Vaccination in Bombay 1869-1873 - 1869-1873
Year: 1869
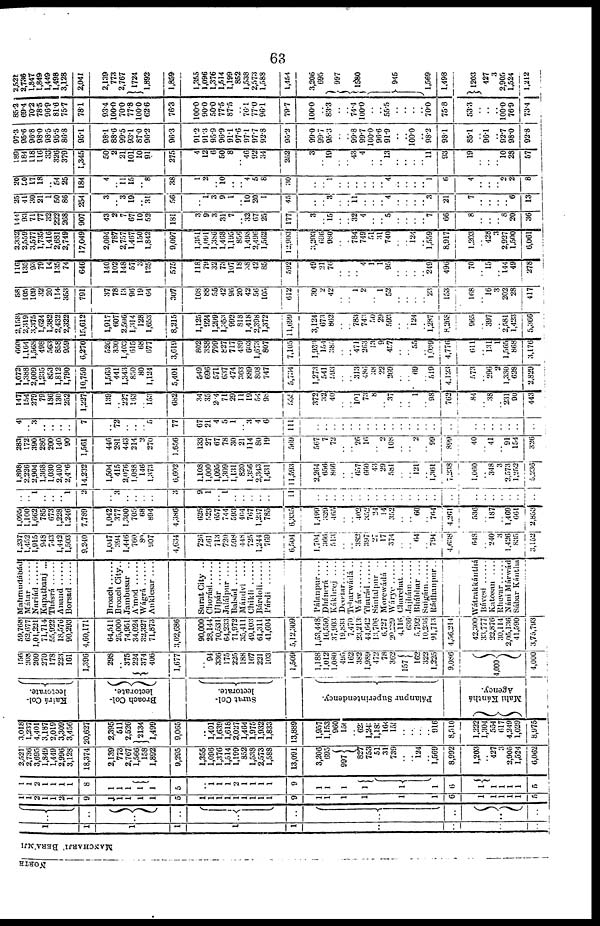
63
NORTH
MANCHARJI BERAMJI
1
1
1
1
1
1
..
..
..
..
..
..
..
..
..
..
..
..
..
..
1
1
2
1
1
2
1
9
1
1
1
1
1
5
1
1
1
1
1
1
1
1
1
9
1
1
1
1
1
1
6
1
1
1
1
1
5
1
1
2
1
1
1
1
8
1
1
1
1
1
5
1
1
1
1
1
1
1
1
1
9
1
1
1
1
1
1
6
1
1
1
1
1
5
2,521
2,736
3,695
1,849
1,449
2,996
3,128
18,374
2,139
773
2,767
1,566
158
1,892
9,295
1,355
1,096
1,376
1,514
1,199
852
1,538
2,573
1,588
13,091
3,206
695
997
827
753
51
31
739
..
.. 124
.. 1,569
8,992
1,203
.. 427
3
2,905
1,524
6,062
3,018
1,237
4,401
3,187
2,019
3,309
3,456
20,627
2,395
511
2,526
2134
1,499
9,065
..
1,401
1,639
1,618
2,027
1,464
1,975
1,932
1,833
13,889
1,957
1,153
960
150
.. 623
1,243
1,183
164
155
..
..
..
.. 916
8,510
1,222
1,304
554
617
4,249
1,029
8,975
Kairá Col¬
lectorate.
Broach Col-
lectorate.
Surat Col¬
lectorate.
Pálanpur Superintendency.
Mahi Kánthá
Agency.
156
208
200
270
178
223
161
1,396
298
.. 375
224
374 406
1,677
..
94
336
175
225
188
167
221
103
1,509
1,188
1,012
1,080
495
162
382
1,989
472
78
362
157
162
322
1,225
9,086
4,000
4,000
59,768
62,677
1,01,221
71,714
55,922
18,576
90,293
4,60,171
64,511
25,000
74,951
34,024
32,327
71,873
3,02,686
90,000
28,144
70,531
64,233
71,972
35,411
49,103
61,311
41,604
5,12,309
1,53,448
16,550
37,903
19,833
7,470
23,213
44,642
13,706
6,727
20,229
4,116
636
5,792
10,236
91,713
4,56,214
42,300
33,777
22,876
30,114
2,05,136
41,590
3,75,793
Mahmudábád
Mátar
Nariád ......
Kapatbanj ...
Thásrá
Anand ......
Borsad
Broach
Broach City..
Jambusar ..
A'mod
......
Wágrá ......
Anklesar ....
Surat City ..
Chorási ......
Ulpár ......
Jalálpur
....
Balsád
......
Mándvi
....
Chikli
Bárdoli
Párdi ......
Pálanpur ....
Dhánerá ....
Kákhrej
....
Deodar
......
Teharwádá ..
Wáw
........
Tharád
......
Sántalpur ..
Morewádá ..
Wárye
Charchat ....
Jajhám
......
Bhábhar ....
Sulgám
......
Rádhanpur..
Wátrakkánthá
Bávesí
Katosan ....
Rhevar
Náni Márwád
Sábar Kántha
1,237
1,452
1,915
948
743
1,442
1,503
9,240
1,047
394
1,446
760
80
907
4,634
726
561
713
720
598
448
725
1,244
769
6,504
1,704
366
513
..
.. 382
397
27
17
374
..
.. 64
.. 794
4,638
648
.. 240
3
1,426
835
3,152
1,095
1,100
1,662
785
673
1,228
1,246
7,789
1,042
377
1,300
705
68
894
4,386
625
523
657
744
593
404
767
1,237
785
6,335
1,499
329
465
..
.. 402
352
24
14
352
.. .. 60
.. 764
4,261
536
.. 187
.. 1,469
661
2,853
..
.. 1
..
..
.. 1
2
..
3
..
..
..
..
3
9
1
.. 1
..
..
..
..
..
11
..
..
..
..
.. ..
..
..
..
..
..
..
..
.. ..
..
..
.. ..
.. ..
..
..
1,898
2,226
2,904
1,368
1,030
2,400
2,406
14,232
1,504
415
2,076
1,088
146
1,373
6,602
1,108
1,000
1,095
1,309
1,131
820
1,356
2,343
1,431
11,593
2,264
656
866
..
.. 657
660
43
29
581
.. .. 121
.. 1,361
7,238
1,060
.. 348
3
2,573
1,252
5,236
283
172
390
286
200
140
90
1,561
446
281
443
214
2 270
1,656
133
27
67
78
30
21
114
80
19
569
567
7
72
..
.. 26
16
.. 2
108
..
.. 2
.. 99
899
40
.. 41
.. 91
154
326
4
.. 3
..
..
..
..
7
..
72
..
..
..
5
77
67
21
4
5
1
.. 3
4
6
111
..
..
..
..
..
..
..
..
..
..
..
..
..
..
..
..
..
..
..
..
..
..
..
147
154
279
79
186
130
252
1,227
139
.. 227
163
.. 153
682
34
35
204
71
29
11
19
54
98
555
372
32
40
..
.. 101
73
8
.. 37
..
.. 1
..
98
..
84
..
38
.. 231
90
443
1,672
1,388
2,009
1,235
853
1,812
1,790
10,759
1,563
441
1,343
850
80
1,124
5,401
549
696
571
637
474
363
889
808
747
5,734
1,273
541
593
..
.. 313
486
38
22
269
..
.. 69
.. 519
4,123
573
.. 296
2
1,330
628
2,829
660
1,164
1,568
498
563
858
959
6,270
526
330
1,403
615
68
677
3,619
802
388
799
827
717
489
603
1,673
807
7,105
1,930
154
385
..
.. 471
263
13
9
457
..
.. 55
.. 1,039
4,776
611
.. 131
1
1,565
868
3,176
2,158
2,319
3,375
1,624
1,382
2,432
2,322
15,612
1,917
607
2,596
1,314
128
1,653
8,215
1,125
924
1,299
1,353
992
818
1,418
2,398
1,372
11,699
3,124
673
862
..
.. 783
743
50
29
593
..
.. 124
.. 1,287
8,268
965
.. 397
.. 2,581
1,423
5,366
58
105
109
32
20
114
353
791
37
78
13
96
19
64
307
108
88
55
42
96
20
42
56
105
612
30
2
42
..
.. 1
2
.. 1
52
..
..
..
.. 23
153
168
.. 16
3
202
28
417
116
135
93
79
14
135
74
646
140
102
148
57
3
125
575
118
79
32
73
107
18
38
42
85
592
49
21
76
..
..
.. 4
1
1
95
..
..
..
.. 249
496
70
.. 15
.. 144
49
278
2,332
2,559
3,577
1,735
1,416
2,681
2,749
17,049
2,094
787
2,757
1,467
150
1,842
9,097
1,351
1,091
1,386
1,468
1,195
856
1,498
2,496
1,562
12,903
3,203
696
980
..
.. 784
749
51
31
740
..
.. 124
.. 1,559
8,917
1,203
.. 428
3
2,927
1,500
6,061
144
93
71
77
32
222
268
907
43
2
7
67
10
52
181
3
9
3
31
7
.. 32
67
25
177
3
.. 15
..
.. 32
4
..
.. 5
..
..
..
.. 7
66
8
..
..
.. 8
20
36
25
41
30
21
1
50
86
254
3
.. 3
19
.. 31
56
..
1
3
9
1
.. 10
20
1
45
..
.. 3
..
.. 11
..
..
.. 4
..
..
..
.. 3
21
7
..
..
..
.. 6
13
20
50
17
18
.. 54
25
184
4
.. 11 15
.. 8
38
1
2
.. 10
..
.. 4
5
8
30
..
.. 1
..
..
..
..
..
.. 4
..
..
..
.. 1
6
4
..
..
..
2 2
8
189
184
118
116
33
326
379
1,345
50
2
21
101
10
91
275
4
12
6
50
8
.. 46
92
34
252
3
.. 19
..
.. 43
4
..
.. 13
..
..
..
.. 11
93
19
..
..
.. 10
28
57
97.3
95.6
96.8
98.0
98.5
95.5
86.8
95.1
98.1
88.6
99.5
93.1
87.0
96.2
96.3
91.2
91.3
95.9
96.9
91.1
97.6
97.1
97.7
92.8
95.2
99.0
99.7
95.3
..
.. 99.8
99.7
100.0
96.6
91.9
..
.. 100.0
.. 98.2
98.1
85.1
.. 96.1
.. 92.7
98.0
92.8
85.2
69.4
70.2
78.5
96.9
81.6
75.7
78.1
93.4
100.0
70.0
77.8
100.0
62.6
76.3
100.0
90.0
50.0
77.5
87.5
.. 76.1
77.0
96.1
79.7
100.0
.. 83.3
..
.. 74.4
100.0
..
.. 55.5
..
..
..
.. 70.0
75.8
53.3
..
..
.. 100.0
76.9
73.4
2,521
2,736
1,847
1,849
1,449
1,498
3,128
2,041
2,139
773
2,767
1724
1,892
1,859
1,355
1,096
1,376
1,514
1,199
852
1,538
2,573
1,588
1,454
3,206
695
997
1580
945
1,569
1,498
1203
427
3
2,905
1,524
1,212